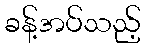
ခန့်အပ်သည့်